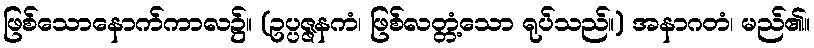
ဖြစ်သောနောက်ကာလ၌။ (ဥပ္ပဇ္ဇနကံ၊ ဖြစ်လတ္တံ့သော ရုပ်သည်။) အနာဂတံ၊ မည်၏။